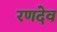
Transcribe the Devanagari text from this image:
रणदेव